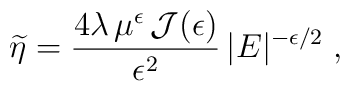
\widetilde{\eta} = \frac{4 \lambda \, \mu^{\epsilon}\, {\mathcal J}(\epsilon)}{\epsilon^{2}}\,|E|^{-\epsilon/2 }\;  ,